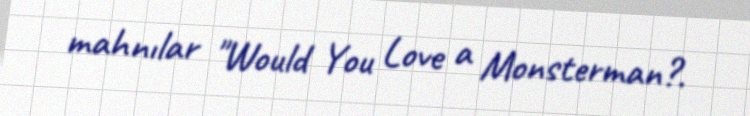
mahnılar "Would You Love a Monsterman?.